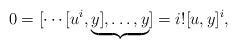
LaTeX: \begin{align*}0=[\cdots[u^i,\underbrace{y],\ldots,y}_{}]=i![u,y]^i,\end{align*}